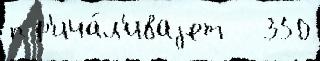
пр'ича́л'иваjет   350